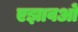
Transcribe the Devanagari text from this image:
एझावओं